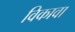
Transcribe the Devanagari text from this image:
विकावा